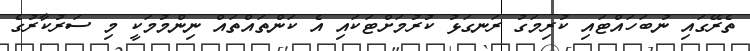
ތެރޭގައި ނުބަހައްޓައި ކުރިމަގު ރަނގަޅު ކުރުމަށްޓަކައި އެ ކަންތައްތައް ނިންމުމަކީ މި ސަރުކާރުގެ